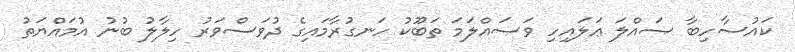
ކައުސާހިބާ ޞައްލަ ޢަލައިހި ވަސައްލަމަ ތަބޫކު ހަނގުރާމައިގެ ދުވަސްވަރު ހިލާލު ބުނު އުމައްޔަތު